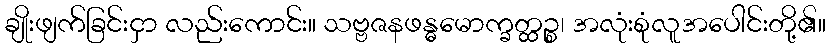
ချိုးဖျက်ခြင်းငှာ လည်းကောင်း။ သဗ္ဗဇနဖန္ဓမောက္ခတ္ထဉ္စ၊ အလုံးစုံလူအပေါင်းတို့၏။